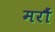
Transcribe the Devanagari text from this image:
मरौं